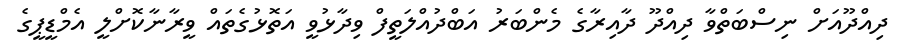
ދިއްދޫއަށް ނިސްބަތްވާ ދިއްދޫ ދާއިރާގެ މެންބަރު އަބްދުއްލަތީފް ވިދާޅުވީ އަތޮޅުގެތައް ވީރާނާކޮށްލީ އެމްޑީޕީގެ